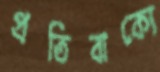
প্রতিবাক্যে